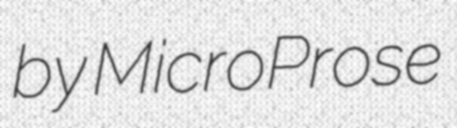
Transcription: by MicroProse